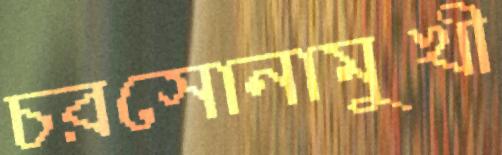
চরসোনামুখী